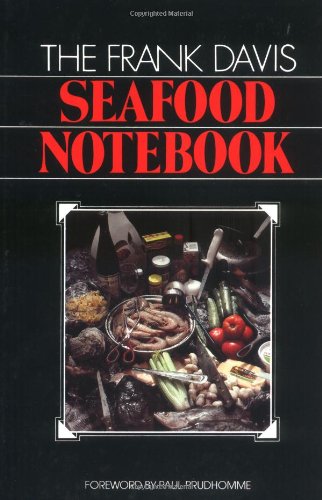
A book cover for Frank Davis Seafood Notebook, The; Frank Davis; Cookbooks, Food & Wine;